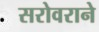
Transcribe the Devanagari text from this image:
सरोवराने